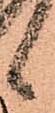
候